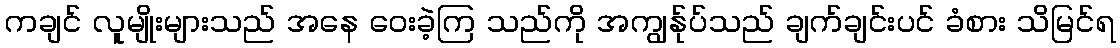
ကချင် လူမျိုးများသည် အနေ ဝေးခဲ့ကြ သည်ကို အကျွန်ုပ်သည် ချက်ချင်းပင် ခံစား သိမြင်ရ